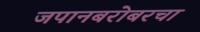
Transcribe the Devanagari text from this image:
जपानबरोबरचा